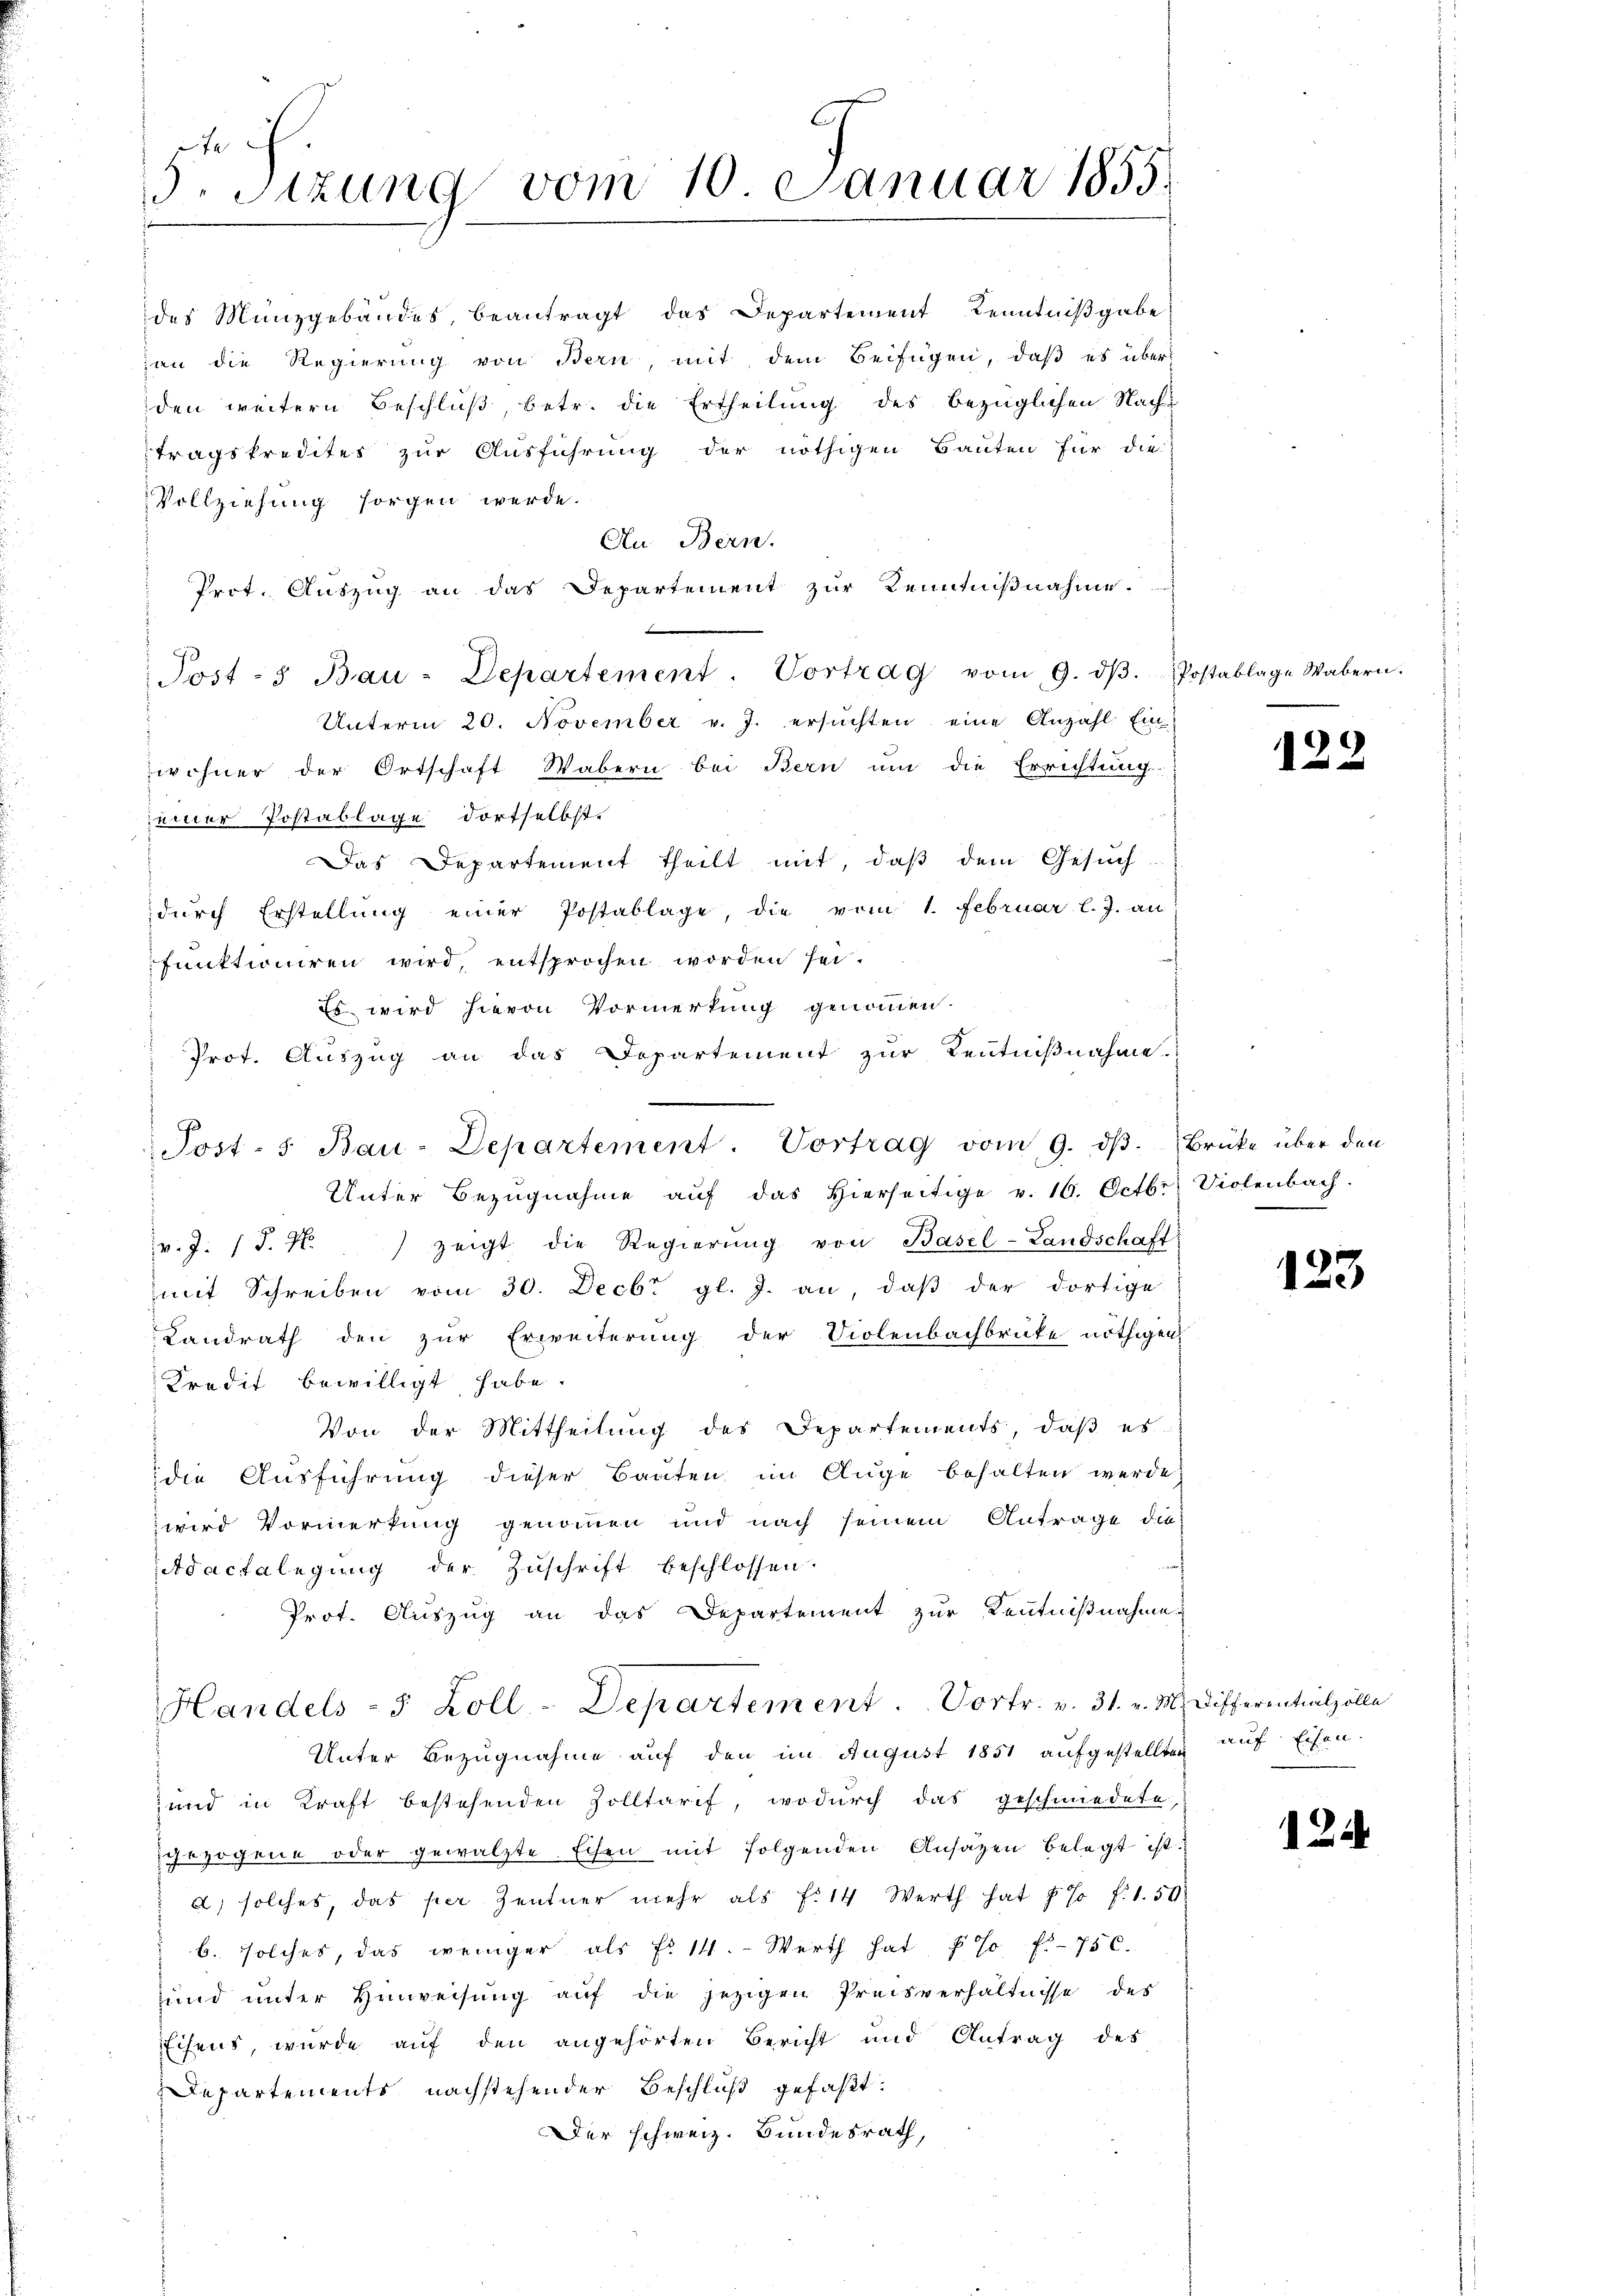
te
3. Sitzung vom 10. Januar 1855.

des Münzgebäudes, beantragt das Departement Kenntnißgabe
jan die Regierung von Bern, mit dem Beifügen, daß es über
den weitern Beschluß, betr. die Ertheilung des bezüglichen Nachs
tragskredites zur Ausführung der nöthigen Bauten für die
Vollziehung sorgen werde.
An Bern.
Prot. Auszug an das Separtement zur Kenntnißnahme.
.
Post - Bau-Departement. Vortrag vom 9. dβ. Postablage Wabern.
Unterm 20. November v. J. ersuchten eine Anzahl Ein
wohner der Ortschaft Wabern bei Bern um die Errichtung
einer Postablage dortselbst.
Das Departement theilt mit, daß dem Gesuch
dŭrch Erstellung einer Postablage, die vom 1. Februar l. J. an
funktioniren wird, entsprochen worden sei.
Es wird hievon Vormerkung genommen.
Prot. Auszug an das Departement zur Kenntnißnahme.
Unter Bezugnahme aŭf das hierseitige v. 16. Octbr. Violenbach.
v. J. J. M. zeigt die Regierŭng von Basel-Landschaft
mit Schreiben vom 30. Decbr. gl. J. an, daβ der dortige
Landrath den zur Erweiterung der Violenbachbrücke nöthigen
Kredit bewilligt habe.
Von der Mittheilung des Departements, daβ es
die Ausführung dieser Bauten im Auge behalten werde,
wird Vormerkung genommen und nach seinem Antrage die
Adactelegung der Zuschrift beschlossen.
Prot. Auszug an das Departement zur Kenntnißnahme
Handels- 5 Zoll-Departement. Vortr. v. 31. v. M. differentialzolle
Unter Bezugnahme auf den im August 1851 aufgestellten
und in Kraft bestehenden Zolltarif, wodurch das geschmiedete,
gezogene oder gewälzte Eisen mit folgenden Ansaten belegt ist.
d) solches, das per Zentner mehr als f. 14 Werth hat 4 % f. 1.50
b. solches, das weniger als No 14. Werth hat, so f. 750.
und unter Hinweisung auf die jezigen Preisverhältnisse des
Eisens, wurde auf den angehörten Bericht und Antrag des
Departements nachstehender Beschluß gefaßt:
Der schweiz. Bundesrath,

Post- 5. Bau-Departement. Vortrag vom 9. dβ. Brücke über den

129

133

auf Eisen.

124